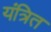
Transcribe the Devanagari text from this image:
यंत्रित